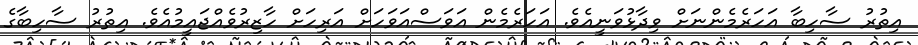
އިތުރު ސާހިބާ އަހަރެމެންނަށް ވިދާޅުވަނީއެވެ. އަހަރެމެން އަވަސްއަވަހަށް އަރިހަށް ހާޒިރުވެއްޖައީމުއެވެ. އިތުރު ސާހިބާގެ